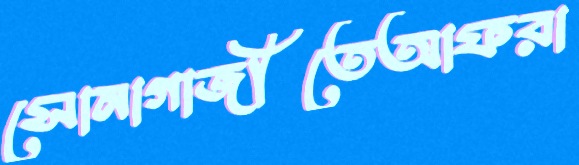
সোনাগাজীতেআফরা